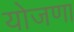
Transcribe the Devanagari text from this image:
योजणा